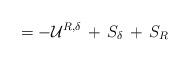
LaTeX: \begin{align*} =-{\cal U}^{R,\delta}\, + \, S_{\delta}\,+\, S_R \end{align*}